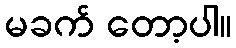
မခက် တော့ပါ။